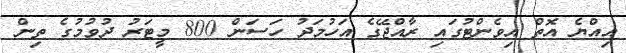
އިއްޔެ އޮތް އިވެންޓުގައި ރާއްޖޭގެ އަހުމަދު ހަސަން 800 މީޓަރު ދުވުމުގެ ތިން